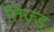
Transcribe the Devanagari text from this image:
तिज्ड